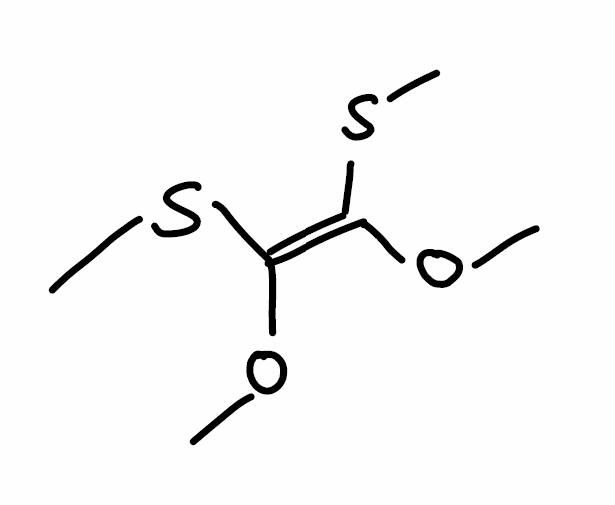
Simplified molecular-input line-entry system (SMILES) notation of the given molecule:
CO/C(=C(\OC)/SC)/SC